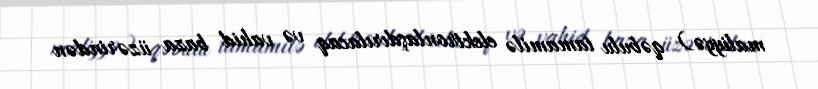
maliyyə) qəbulu tamamilə elektronlaşdırılacaq və vahid baza üzərindən